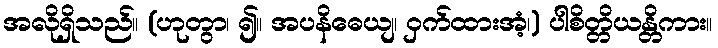
အလိုရှိသည်။ (ဟုတွာ၊ ၍။ အပနိဓေယျ၊ ဝှက်ထားအံ့၊) ပါစိတ္တိယန္တိကား။